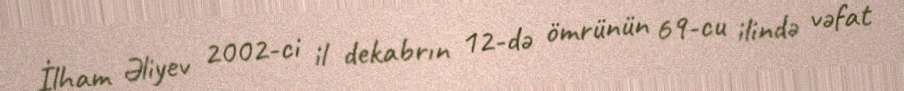
İlham Əliyev 2002-ci il dekabrın 12-də ömrünün 69-cu ilində vəfat